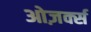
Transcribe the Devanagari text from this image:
ओज़र्क्स